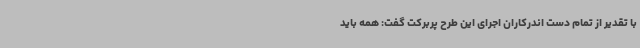
با تقدیر از تمام دست اندرکاران اجرای این طرح پربرکت گفت: همه باید